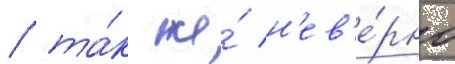
/ та́к же́ н'ев'е́рно